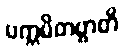
ပက္ကမိတဗ္ဗာတိ